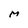
Character: M